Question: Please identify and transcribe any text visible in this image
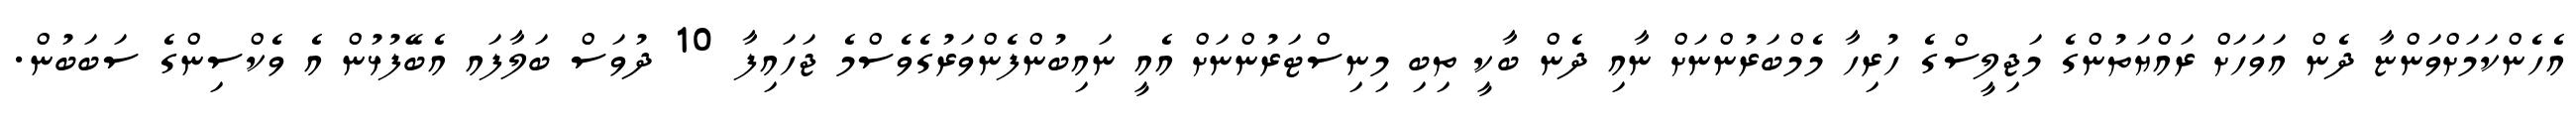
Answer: އެހެންކަމަށްވަންޏާ ދެން އަވަހަށް ރައްޔަތުންގެ މަޖިލީސްގެ ހުރިހާ މެމްބަރުންނަށް ނާއި ދެން ބާކީ ތިބި މިނިސްޓަރުންނަށް އެއީ ނައިބުންފެންވަރުގެވެސްމެ ޖަހައިފާ 10 ދުވަސް ބަލާފައ އެބޭފުޅުން އެ ވެކްސިންގެ ސަބަބުން.